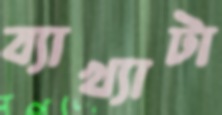
ব্যাখ্যাটা